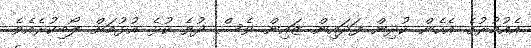
އެއުމުރުގެ އެހެން ކުދިން ފަދައިން ޒައިން ވެސް ދުވެ ކުޅެ އުޅުމަށް ލޯބިކުރެއެވެ.